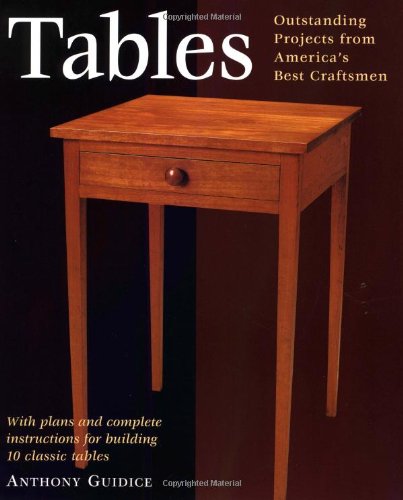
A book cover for Tables: With Plans and Complete Instructions for 10 Tables (Projects Book); Anthony Guidice; Crafts, Hobbies & Home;